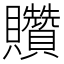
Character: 𧹏